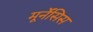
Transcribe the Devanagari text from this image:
मूर्नेंसिस